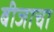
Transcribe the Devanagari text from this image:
बीजाचा